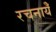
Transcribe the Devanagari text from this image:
रचनायेँ